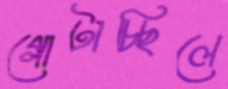
গোটাচ্ছিলে